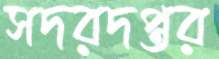
সদরদপ্তর